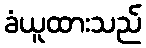
ခံယူထားသည်